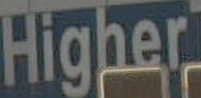
Higher